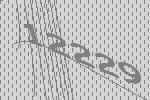
12229